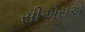
સીએસએ